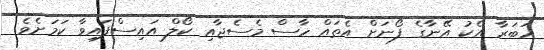
ހަބަރާ އެކު އޭނާގެ ފޯނަށް އެތައް ހާސް މެސެޖާއި ކޯލް އައިސްފައިވާ ކަމަށެވެ.